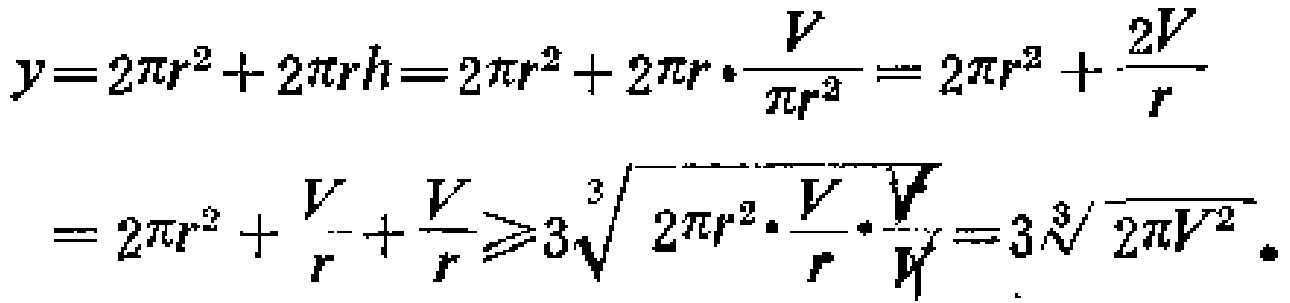
\[
\begin{align*}
y&=2\pi r^{2}+2\pi rh = 2\pi r^{2}+2\pi r\cdot\frac{V}{\pi r^{2}}=2\pi r^{2}+\frac{2V}{r}\\
&=2\pi r^{2}+\frac{V}{r}+\frac{V}{r}\geqslant3\sqrt[3]{2\pi r^{2}\cdot\frac{V}{r}\cdot\frac{V}{r}} = 3\sqrt[3]{2\pi V^{2}}.
\end{align*}
\]